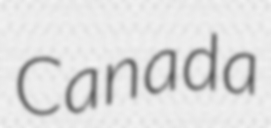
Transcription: Canada